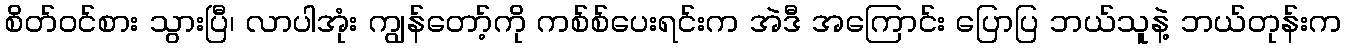
စိတ်ဝင်စား သွားပြီ၊ လာပါအုံး ကျွန်တော့်ကို ကစ်စ်ပေးရင်းက အဲဒီ အကြောင်း ပြောပြ ဘယ်သူနဲ့ ဘယ်တုန်းက